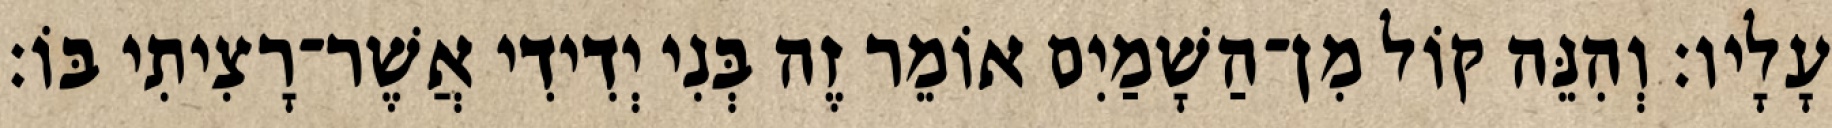
עָלָיו׃ וְהִנֵּה קוֹל מִן־הַשָׁמַיִם אוֹמֵר זֶה בְּנִי יְדִידִי אֲשֶׁר־רָצִיתִי בּוֹ׃